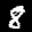
Label: 8